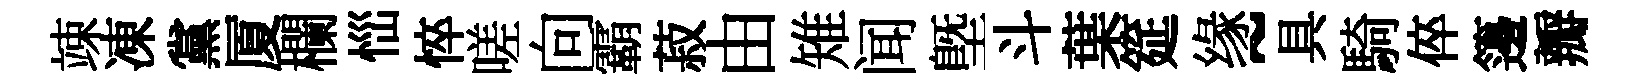
竦凍黨厦欄𢙉悴嗟向霸菽由雉闻塈斗葉筵缘~具騎倅籩瓣